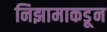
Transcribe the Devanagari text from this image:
निझामाकडून